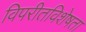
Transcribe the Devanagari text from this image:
विपरीतविशेषता